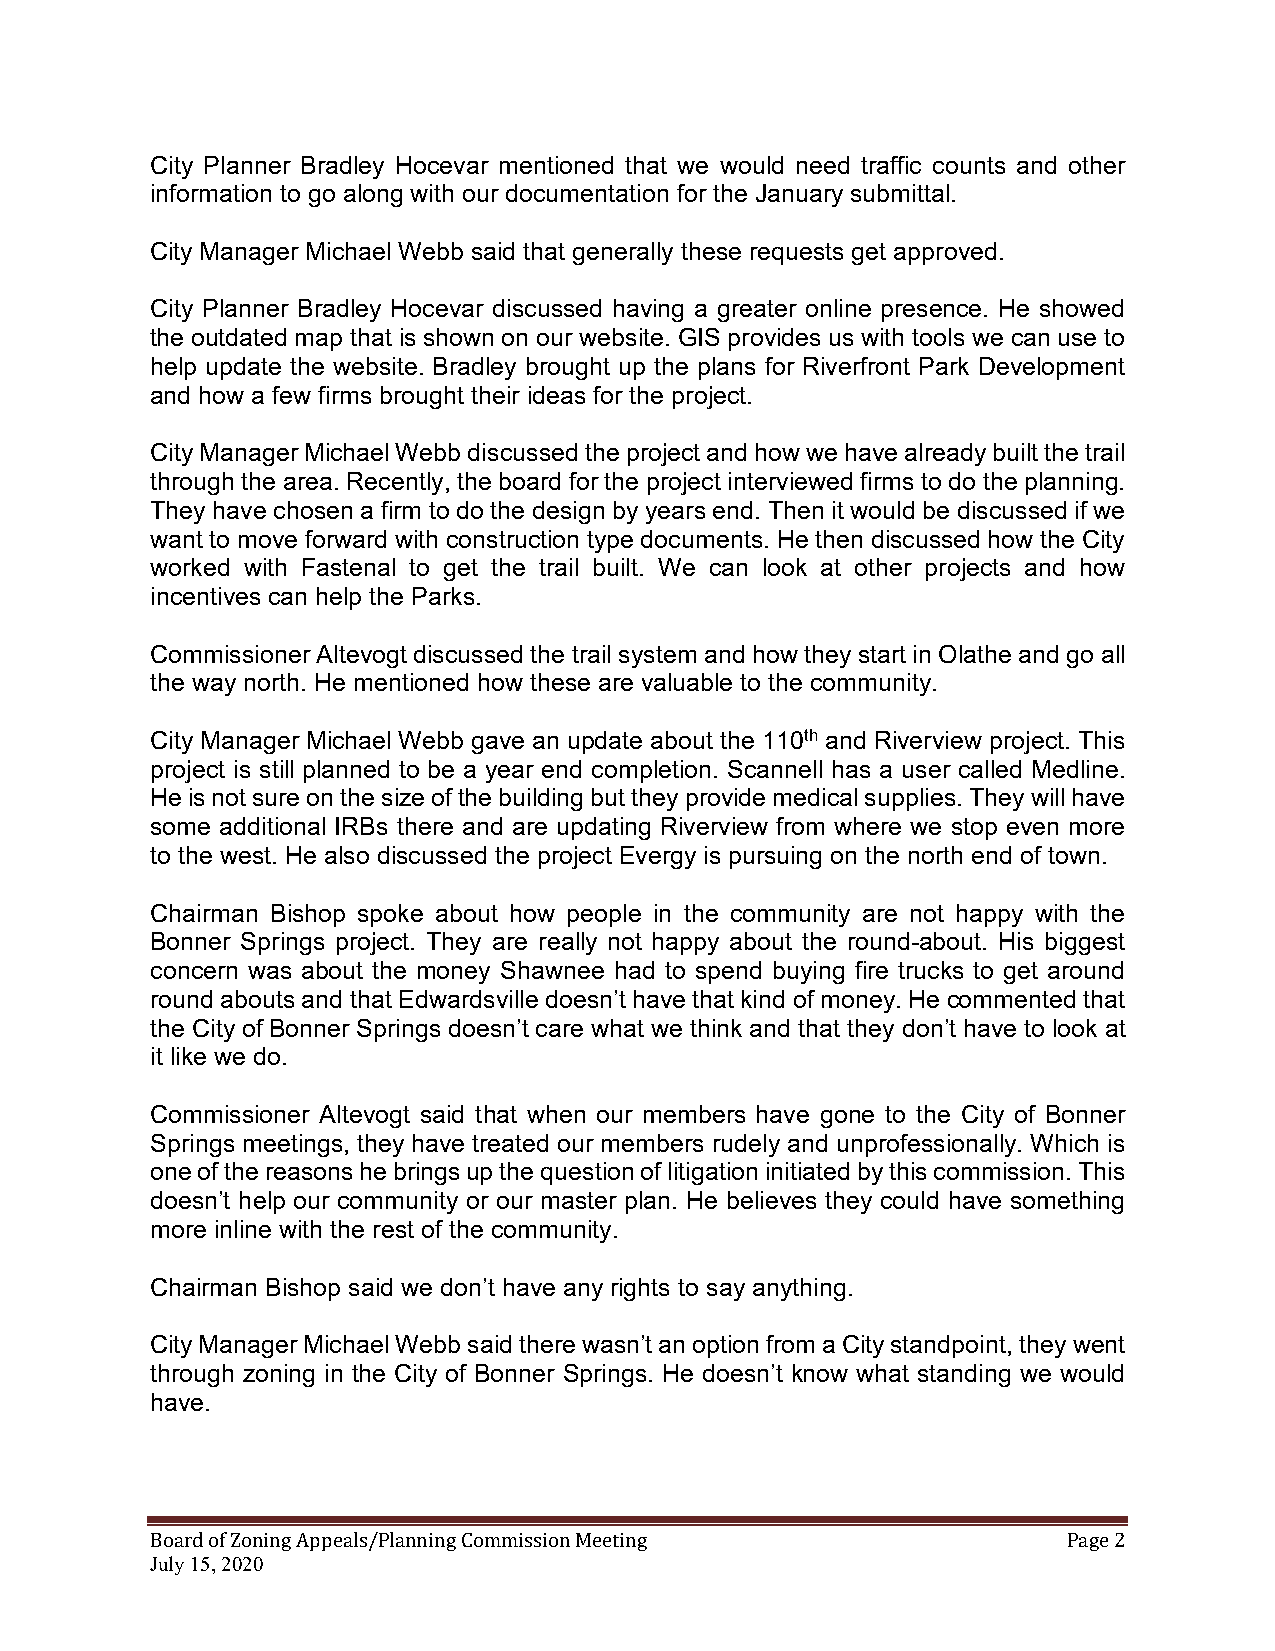
City Planner Bradley Hocevar mentioned that we would need traffic counts and other
 information to go along with our documentation for the January submittal.
 City Manager Michael Webb said that generally these requests get approved.
 City Planner Bradley Hocevar discussed having a greater online presence. He showed
 the outdated map that is shown on our website. GIS provides us with tools we can use to
 help update the website. Bradley brought up the plans for Riverfront Park Development
 and how a few firms brought their ideas for the project.
 City Manager Michael Webb discussed the project and how we have already built the trail
 through the area. Recently, the board for the project interviewed firms to do the planning.
 They have chosen a firm to do the design by years end. Then it would be discussed if we
 want to move forward with construction type documents. He then discussed how the City
 worked with Fastenal to get the trail built. We can look at other projects and how
 incentives can help the Parks.
 Commissioner Altevogt discussed the trail system and how they start in Olathe and go all
 the way north. He mentioned how these are valuable to the community.
 City Manager Michael Webb gave an update about the 110th and Riverview project. This
 project is still planned to be a year end completion. Scannell has a user called Medline.
 He is not sure on the size of the building but they provide medical supplies. They will have
 some additional IRBs there and are updating Riverview from where we stop even more
 to the west. He also discussed the project Evergy is pursuing on the north end of town.
 Chairman Bishop spoke about how people in the community are not happy with the
 Bonner Springs project. They are really not happy about the round-about. His biggest
 concern was about the money Shawnee had to spend buying fire trucks to get around
 round abouts and that Edwardsville doesn’t have that kind of money. He commented that
 the City of Bonner Springs doesn’t care what we think and that they don’t have to look at
 it like we do.
 Commissioner Altevogt said that when our members have gone to the City of Bonner
 Springs meetings, they have treated our members rudely and unprofessionally. Which is
 one of the reasons he brings up the question of litigation initiated by this commission. This
 doesn’t help our community or our master plan. He believes they could have something
 more inline with the rest of the community.
 Chairman Bishop said we don’t have any rights to say anything.
 City Manager Michael Webb said there wasn’t an option from a City standpoint, they went
 through zoning in the City of Bonner Springs. He doesn’t know what standing we would
 have.
 July 15, 2020
 Board of Zoning Appeals/Planning Commission Meeting          Page 2